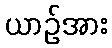
ယာဉ်အား